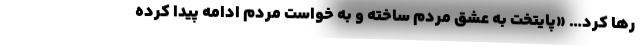
رها کرد… «پایتخت به عشق مردم ساخته و به خواست مردم ادامه پیدا کرده